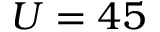
U = 4 5